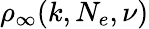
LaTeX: \rho_{\infty}(k,N_{e},\nu)